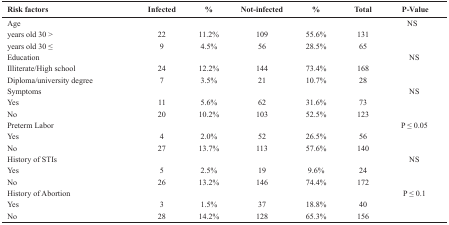
| Risk factors | Infected | % | Not-infected | % | Total | P-value |
 | --- | --- | --- | --- | --- | --- | --- |
 | Age |  |  |  |  |  | NS |
 | years old 30 > | 22 | 11.2% | 109 | 55.6% | 131 |  |
 | years old 30 ≤ | 9 | 4.5% | 56 | 28.5% | 65 |  |
 | Education |  |  |  |  |  | NS |
 | Illiterate/High school | 24 | 12.2% | 144 | 73.4% | 168 |  |
 | Diploma/university degree | 7 | 3.5% | 21 | 10.7% | 28 |  |
 | Symptoms |  |  |  |  |  | NS |
 | Yes | 11 | 5.6% | 62 | 31.6% | 73 |  |
 | No | 20 | 10.2% | 103 | 52.5% | 123 |  |
 | Preterm Labor |  |  |  |  |  | P ≤ 0.05 |
 | Yes | 4 | 2.0% | 52 | 26.5% | 56 |  |
 | No | 27 | 13.7% | 113 | 57.6% | 140 |  |
 | History of STIs |  |  |  |  |  | NS |
 | Yes | 5 | 2.5% | 19 | 9.6% | 24 |  |
 | No | 26 | 13.2% | 146 | 74.4% | 172 |  |
 | History of Abortion |  |  |  |  |  | P ≤ 0.1 |
 | Yes | 3 | 1.5% | 37 | 18.8% | 40 |  |
 | No | 28 | 14.2% | 128 | 65.3% | 156 |  |